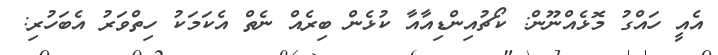
އެއީ ހައްގު މޮޅެއްނޫން: ކޯޗުއިންޑިއާއާ ކުޅެން ބިރެއް ނެތް އެކަމަކު ހިތްވަރު އެބަހުރި: